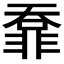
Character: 𩇺